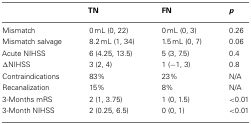
|  | TN | FN | p |
 | --- | --- | --- | --- |
 | Mismatch | 0 mL (0, 22) | 0 mL (0, 3) | 0.26 |
 | Mismatch salvage | 8.2 mL (1, 34) | 1.5 mL (0, 7) | 0.06 |
 | Acute NIHSS | 6 (4.25, 13.5) | 5 (3, 7.5) | 0.4 |
 | ΔNIHSS | 3 (2, 4) | 1 (−1, 3) | 0.8 |
 | Contraindications | 83% | 23% | N/A |
 | Recanalization | 15% | 8% | N/A |
 | 3-Months mRS | 2 (1, 3.75) | 1 (0, 1.5) | <0.01 |
 | 3-Month NIHSS | 2 (0.25, 6.5) | 0 (0, 1) | <0.01 |